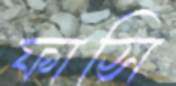
ফাসি